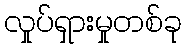
လှုပ်ရှားမှုတစ်ခု